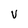
Character: v